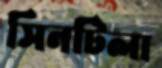
সিনটিলা